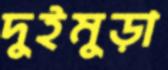
দুইমুড়া